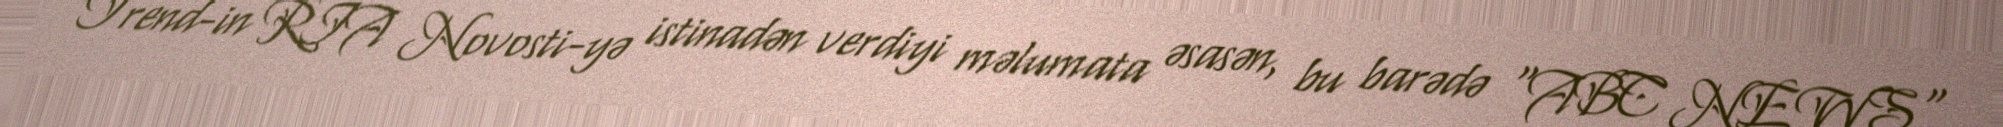
Trend-in RIA Novosti-yə istinadən verdiyi məlumata əsasən, bu barədə "ABC NEWS"